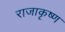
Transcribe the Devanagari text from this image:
राजाकृष्ण